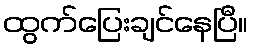
ထွက်ပြေးချင်နေပြီ။